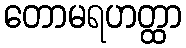
တောမရဟတ္ထာ